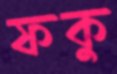
ফকু